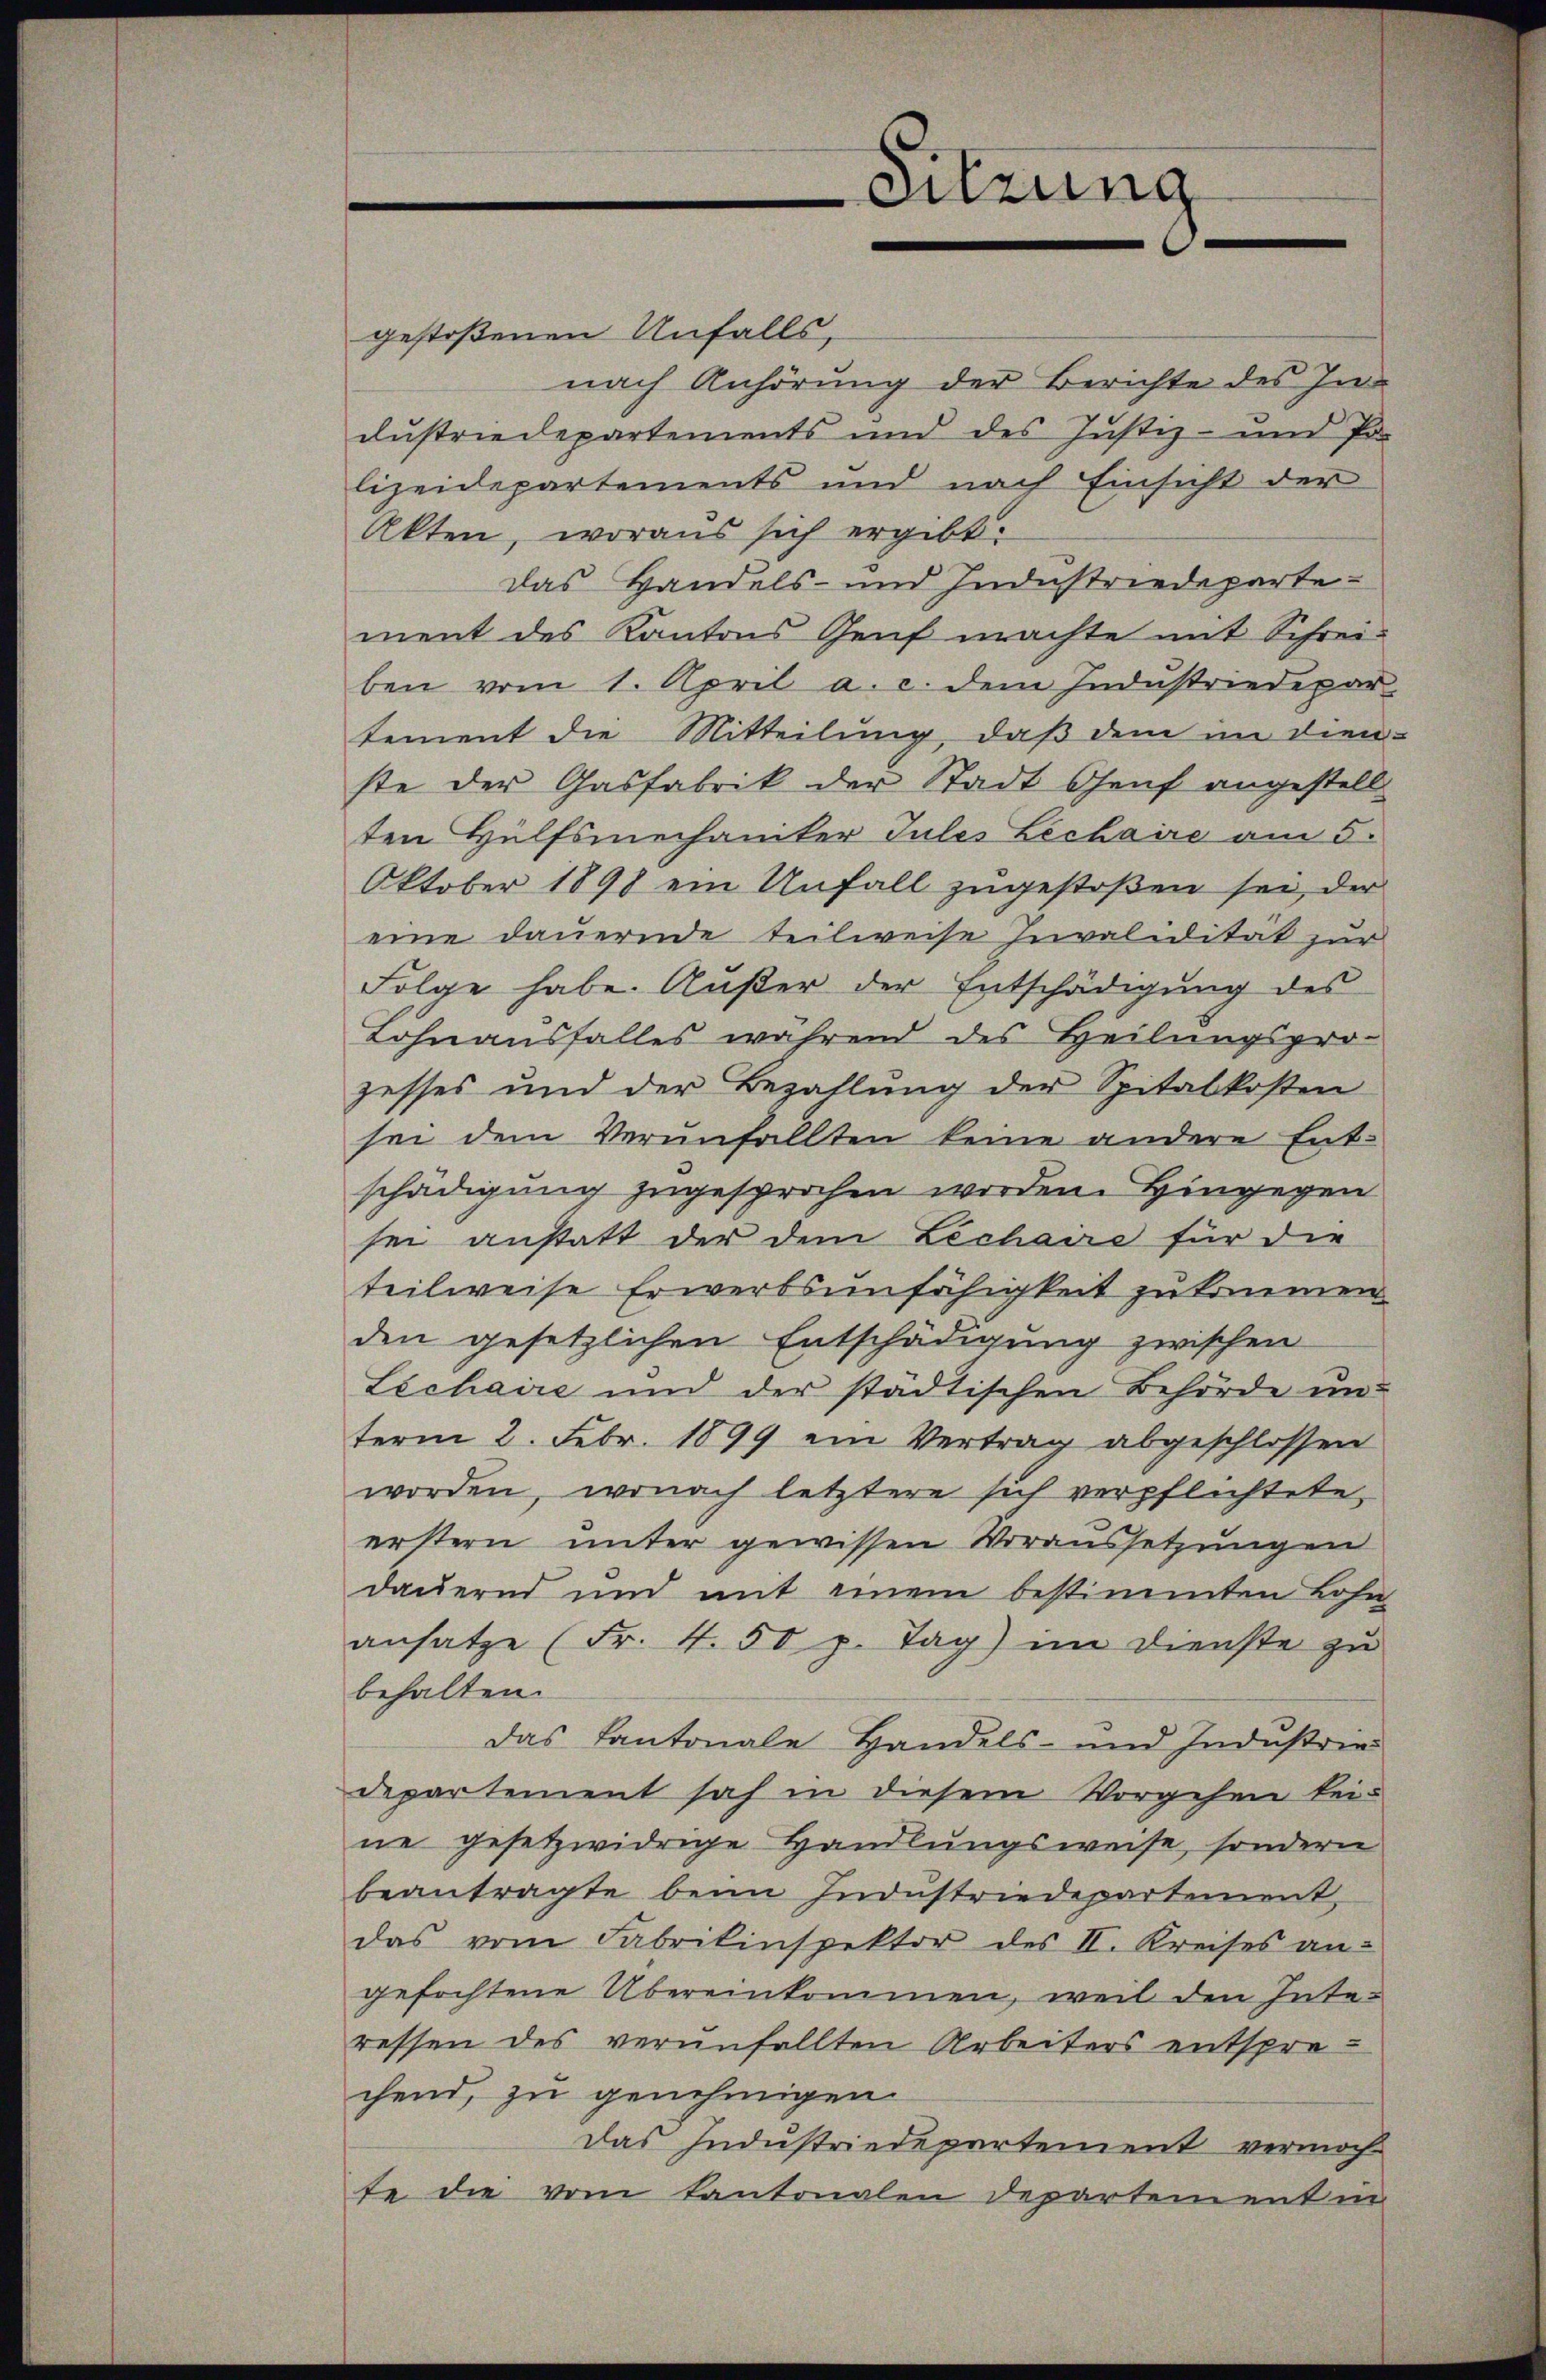
Sitzung

gestoßenen Unfalls,
nach Anhörung der Berichte des In-
dustriedepartements und des Justiz- und Po
lizeidepartements und nach Einsicht der
Akten, woraus sich ergibt:
das Handels- und Industriedepartement des Kantons Genf machte mit Schreiben vom 1. April a. c. dem Industriedepar-
tement die Mitteilung, daß dem im dien-
ste der Gasfabrik der Stadt Genf angestell
ten Hülfsmechaniker Jules Lechaire am 5.
Oktober 1898 ein Unfall zugestoßen sei, der
eine dauernde teilweise Invalidität zur
Folge habe. Außer der Entschädigung des
Lohnausfalles während des Heilungspro-
zesses und der Bezahlung der Spitalkosten
sei dem Verunfallten keine andere Entschädigung zugesprochen worden. Hingegen
sei anstatt der dem Lechaire für die
teilweise Erwerbsunfähigkeit zu kommen.
den gesetzlichen Entschädigung zwischen
Lechaire und der städtischen Behörde un
term 2. Febr. 1899 ein Vertrag abgeschlossen
worden, wonach letztere sich verpflichtete,
erstern unter gewissen Voraussetzungen
dauernd und mit einem bestimmten Lohn
ansatze (Fr. 4. 50 p. Tag) im Dienste zu
behalten.
das Kantonale Handels- und Industrie
departement sah in diesem Vorgehen keine gesetzwidrige Handlungsweise, sondern
beantragte beim Industriedepartement,
das vom Fabrikinspektor des II. Kreises an-
gefochtene Übereinkommen, weil den Interessen des veranfällten Arbeiters entsprechend, zu genehmigen
Das Industriedepartement vermoch
te die vom Kantonalen Departement in